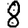
Digit: 8